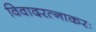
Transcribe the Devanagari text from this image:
विवादरत्नाकरः